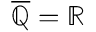
{ \overline { { \mathbb { Q } } } } = \mathbb { R }